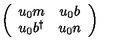
\left( \begin{array} { c c } { u _ { 0 } m } & { u _ { 0 } b } \\ { u _ { 0 } b ^ { \dag } } & { u _ { 0 } n } \\ \end{array} \right)